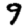
Digit: 9